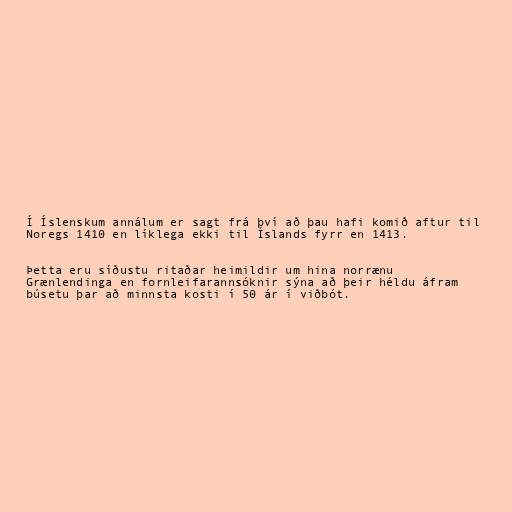
Í Íslenskum annálum er sagt frá því að þau hafi komið aftur til
Noregs 1410 en líklega ekki til Íslands fyrr en 1413.

Þetta eru síðustu ritaðar heimildir um hina norrænu
Grænlendinga en fornleifarannsóknir sýna að þeir héldu áfram
búsetu þar að minnsta kosti í 50 ár í viðbót.